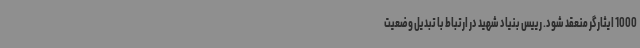
1000 ایثارگر منعقد شود. رییس بنیاد شهید در ارتباط با تبدیل وضعیت